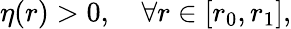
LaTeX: \eta(r)>0,\quad\forall r\in[r_{0},r_{1}],